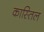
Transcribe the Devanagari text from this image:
कास्तिल